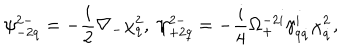
\psi _ { - 2 q } ^ { 2 - } = - \frac { i } { 2 } \nabla _ { - } \chi _ { q } ^ { 2 } , \ \psi _ { + 2 q } ^ { 2 - } = - \frac { i } { 4 } \Omega _ { + } ^ { - 2 i } \gamma _ { q \dot { q } } ^ { i } \chi _ { \dot { q } } ^ { 2 } ,